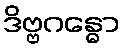
ဒိဗ္ဗဂန္ဓော